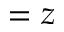
\r = z